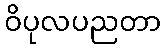
ဝိပုလပညတာ